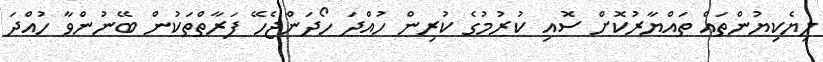
ލިޔެކިޔުންތައް ތައްޔާރުކޮށް ސޮއި ކުރުމުގެ ކުރިން ހުއްދަ ހޯދަންޖެހޭ ފަރާތްތަކުން ބޭނުންވާ ހުއްދަ